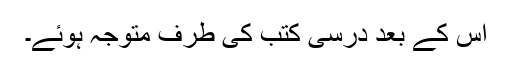
اس کے بعد درسی کتب کی طرف متوجہ ہوئے۔